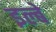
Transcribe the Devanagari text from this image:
इल्बे